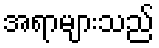
အရာများသည်